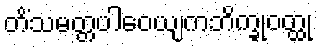
တိံသမတ္တပါဝေယျကဘိက္ခုဝတ္ထု